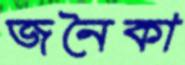
জনৈকা